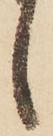
候